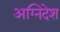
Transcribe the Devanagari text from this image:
अग्निदेश